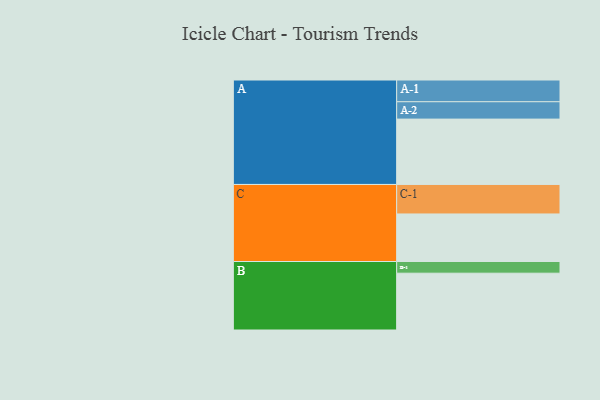
{"axis": {"x": "Segment", "y": "Value"}, "legend": ["", "A", "B", "C"], "data": [{"x": "A", "y": 565, "type": ""}, {"x": "B", "y": 491, "type": ""}, {"x": "C", "y": 411, "type": ""}, {"x": "A-1", "y": 188, "type": "A"}, {"x": "A-2", "y": 150, "type": "A"}, {"x": "B-1", "y": 101, "type": "B"}, {"x": "C-1", "y": 255, "type": "C"}]}